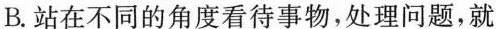
B.站在不同的角度看待事物，处理问题，就